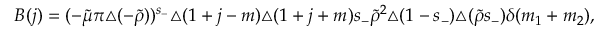
B ( j ) = ( - \tilde { \mu } \pi \triangle ( - \tilde { \rho } ) ) ^ { s _ { - } } \triangle ( 1 + j - m ) \triangle ( 1 + j + m ) s _ { - } \tilde { \rho } ^ { 2 } \triangle ( 1 - s _ { - } ) \triangle ( \tilde { \rho } s _ { - } ) \delta ( m _ { 1 } + m _ { 2 } ) ,